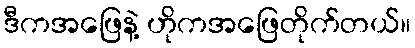
ဒီကအဖြေနဲ့ ဟိုကအဖြေတိုက်တယ်။